system: You are a helpful assistant.
user:
Analyze the provided spectrum to determine if it is a **Carbon Star (C-type)**.

- **Key Visual Indicators of Carbon Star:**
    - **(Primary):** Strong molecular absorption from **C₂ (diatomic carbon) "Swan Bands."** This is the **defining feature** of a carbon star.
        - **(Key Bandheads):** Sharp absorption edges are visible at approximately $5635$ Å, $5165$ Å (the strongest band), and $4737$ Å.
        - **(Line Profile):** Creates a distinct **"saw-tooth"** pattern. The key morphology is a sharp, steep bandhead on the **red (long-wavelength) side**, which then gradually tapers off (i.e., flux recovers) towards the **blue (short-wavelength) side**. *(This is the direct opposite of the TiO bands seen in M-type stars)*.

    - **(Secondary):** Intense **CN (cyanogen)** molecular absorption bands.
        - **(Key Bandheads):** Located in the blue and violet regions of the spectrum (e.g., near $4215$ Å and $3883$ Å).
        - **(Morphology):** These bands are extremely broad and act as a "blanket," absorbing the vast majority of blue and violet light. This creates a characteristic **"cliff"** or **"steep drop-off"** in the spectrum's flux at short wavelengths.

    - **(Key Confirmation):** Strong **CH absorption band (G-band)**.
        - **(Key Bandhead):** Located around $4300$ Å. The contribution from CH molecules to this band is exceptionally strong.

    - **(Overall Spectrum):**
        - The continuum is severely "chopped up" by these deep molecular bands, especially C₂, rather than appearing as a smooth curve.
        - Due to the heavy CN and C₂ absorption in the blue-green, the vast majority of the star's flux is concentrated in the red part of the spectrum, giving the star its characteristic deep red color.

Think first, call **spectral_visualization_tool** if needed to examine features in detail, then provide your final answer. Your response must adhere to the following strict rules:
1.  **Overall Structure:** Your response must follow the format `<think>...</think> <tool_call>...</tool_call> (if a tool is used) <answer>...</answer>`.
2.  **Tool Usage Constraint:** You may only make **one** tool call per turn.
3.  **Final Answer Format:** In the `<answer>` tag, your conclusion must be inside a `\boxed{}` command (e.g., `\boxed{YES}`), followed by your justification.

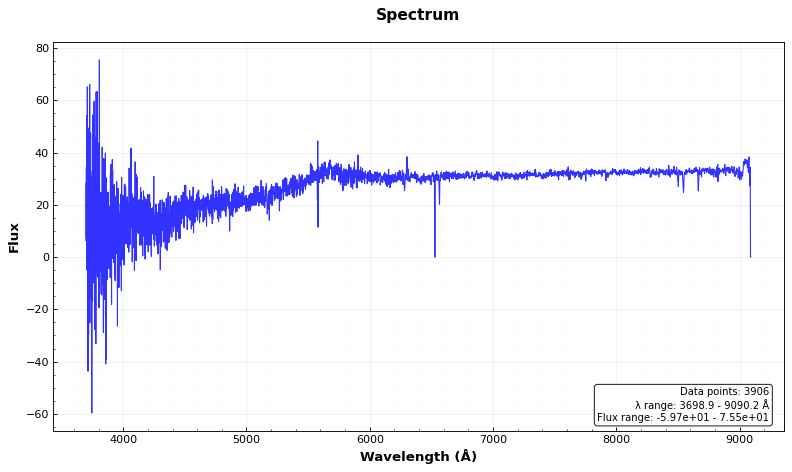
Answer: NO